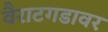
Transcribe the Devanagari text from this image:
वैराटगडावर